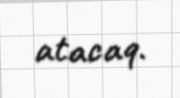
atacaq.